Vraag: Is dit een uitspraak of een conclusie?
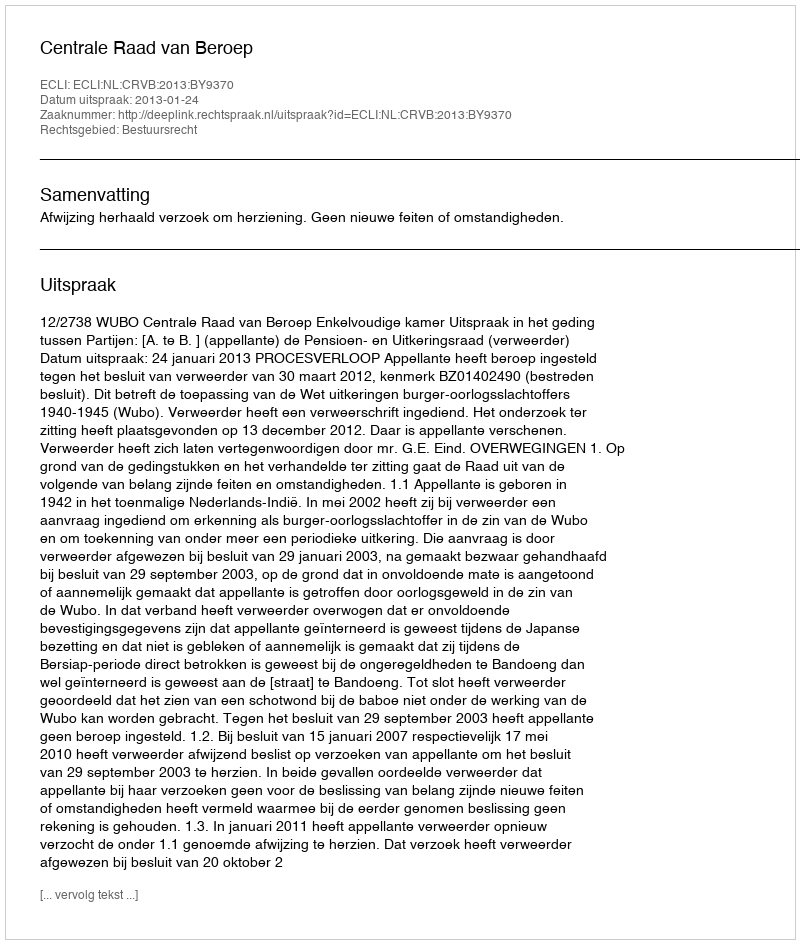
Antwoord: Uitspraak